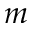
m